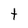
Character: t